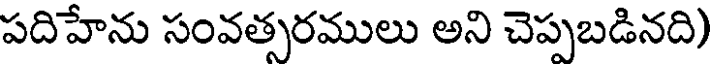
పదిహేను సంవత్సరములు అని చెప్పబడినది)